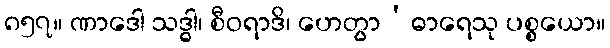
၈၅၇။ ဏာဒေါ သဒ္ဓါ၊ စီဝရာဒိ၊ ဟေတွာ’ဓာရေသု ပစ္စယော။